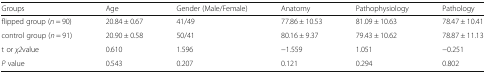
| Groups | Age | Gender (Male/Female) | Anatomy | Pathophysiology | Pathology |
 | --- | --- | --- | --- | --- | --- |
 | flipped group (n = 90) | 20.84 ± 0.67 | 41/49 | 77.86 ± 10.53 | 81.09 ± 10.63 | 78.47 ± 10.41 |
 | control group (n = 91) | 20.90 ± 0.58 | 50/41 | 80.16 ± 9.37 | 79.43 ± 10.62 | 78.87 ± 11.13 |
 | t or χ2value | 0.610 | 1.596 | −1.559 | 1.051 | −0.251 |
 | P value | 0.543 | 0.207 | 0.121 | 0.294 | 0.802 |